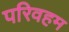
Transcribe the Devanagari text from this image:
परिवहम